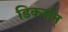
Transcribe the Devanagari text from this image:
डिकर्सन्